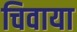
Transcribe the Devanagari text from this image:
चिवाया